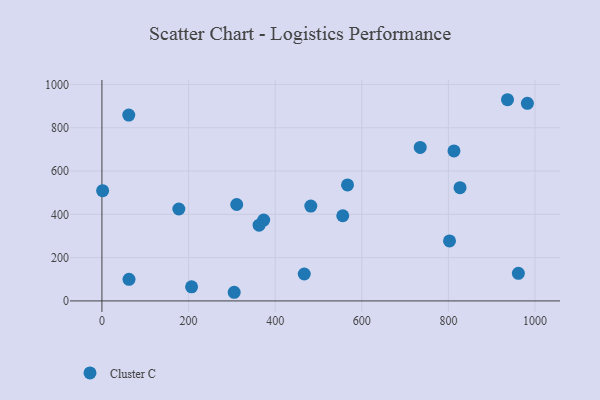
{"axis": {"x": "Price", "y": "Rating"}, "legend": ["Cluster C"], "data": [{"x": "936.5", "y": 929.4, "type": "Cluster C"}, {"x": "305.4", "y": 39.9, "type": "Cluster C"}, {"x": "735.0", "y": 709.0, "type": "Cluster C"}, {"x": "177.6", "y": 424.5, "type": "Cluster C"}, {"x": "482.3", "y": 438.1, "type": "Cluster C"}, {"x": "802.6", "y": 277.2, "type": "Cluster C"}, {"x": "373.5", "y": 373.3, "type": "Cluster C"}, {"x": "1.6", "y": 509.4, "type": "Cluster C"}, {"x": "207.0", "y": 65.0, "type": "Cluster C"}, {"x": "812.9", "y": 693.1, "type": "Cluster C"}, {"x": "62.5", "y": 99.7, "type": "Cluster C"}, {"x": "961.6", "y": 127.4, "type": "Cluster C"}, {"x": "826.9", "y": 523.1, "type": "Cluster C"}, {"x": "982.4", "y": 912.6, "type": "Cluster C"}, {"x": "311.2", "y": 445.3, "type": "Cluster C"}, {"x": "362.9", "y": 349.9, "type": "Cluster C"}, {"x": "556.1", "y": 393.5, "type": "Cluster C"}, {"x": "567.1", "y": 535.9, "type": "Cluster C"}, {"x": "62.0", "y": 858.5, "type": "Cluster C"}, {"x": "467.2", "y": 124.4, "type": "Cluster C"}]}